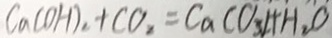
C a ( O H ) _ { 2 } + C O _ { 2 } = C a C O _ { 3 } \downarrow + H _ { 2 } O